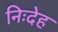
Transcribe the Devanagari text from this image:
निःदेह